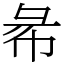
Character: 㣇